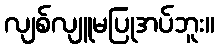
လျစ်လျူမပြုအပ်ဘူး။